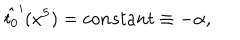
LaTeX: \hat { t _ { 0 } } ^ { \prime } ( x ^ { 5 } ) = c o n s t a n t \equiv - \alpha ,